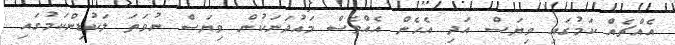
އެއްޗެއް ކަމުގައި ވިޔަސް އަދި އެހެން އެއްވެސް މައުދަނަކުން ވިޔަސް ނުވަތަ ލަކުޑިންކަމުގައި